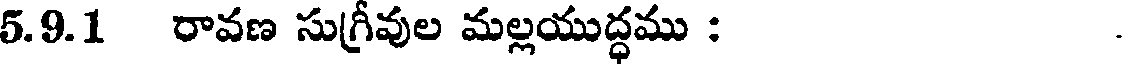
5.9.1 రావణ సుగ్రీవుల మల్లయుద్ధము :